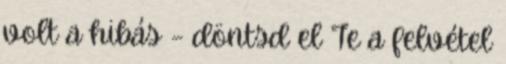
volt a hibás – döntsd el Te a felvétel